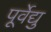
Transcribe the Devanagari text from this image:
पूर्वेद्यु